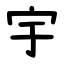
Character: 宇